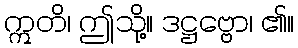
ဣတိ၊ ဤသို့။ ဒဋ္ဌဗ္ဗော၊ ၏။